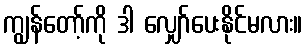
ကျွန်တော့်ကို ဒါ လျှော်ပေးနိုင်မလား။